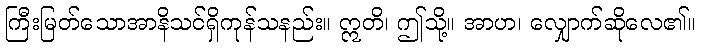
ကြီးမြတ်သောအာနိသင်ရှိကုန်သနည်း။ ဣတိ၊ ဤသို့။ အာဟ၊ လျှောက်ဆိုလေ၏။